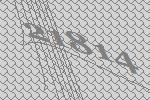
21814